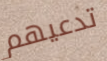
تدعيهم